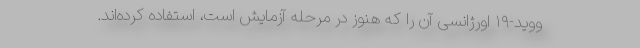
ووید-۱۹ اورژانسی آن را که هنوز در مرحله آزمایش است، استفاده کرده‌اند.